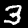
Label: 3